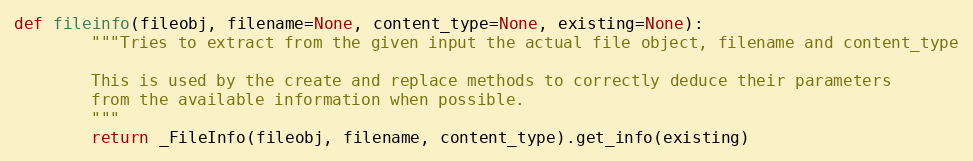
Language: Python
def fileinfo(fileobj, filename=None, content_type=None, existing=None):
        """Tries to extract from the given input the actual file object, filename and content_type

        This is used by the create and replace methods to correctly deduce their parameters
        from the available information when possible.
        """
        return _FileInfo(fileobj, filename, content_type).get_info(existing)